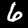
Label: 6